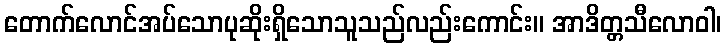
တောက်လောင်အပ်သောပုဆိုးရှိသောသူသည်လည်းကောင်း။ အာဒိတ္တသီလောဝါ၊